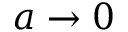
a \rightarrow 0